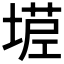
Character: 𰊒